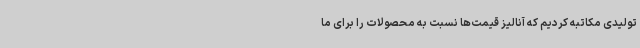
تولیدی مکاتبه کردیم که آنالیز قیمت‌ها نسبت به محصولات را برای ما